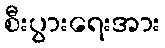
စီးပွားရေးအား